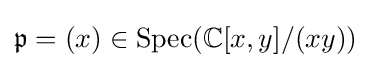
{\mathfrak {p}}=(x)\in \operatorname {Spec} (\mathbb {C} [x,y]/(xy))